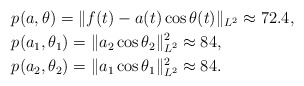
\begin{align*}&p(a, \theta)=\|f(t)-a(t)\cos\theta(t)\|_{L^2}\approx 72.4, \\&p(a_1, \theta_1)=\|a_2\cos\theta_2\|_{L^2}^2\approx 84, \\&p(a_2, \theta_2)=\|a_1\cos\theta_1\|_{L^2}^2\approx 84.\end{align*}